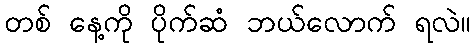
တစ် နေ့ကို ပိုက်ဆံ ဘယ်လောက် ရလဲ။